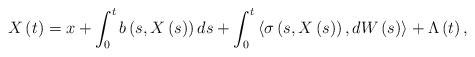
\begin{align*}X\left( t\right) =x+\int_{0}^{t}b\left( s,X\left( s\right) \right)ds+\int_{0}^{t}\left\langle \sigma \left( s,X\left( s\right) \right),dW\left( s\right) \right\rangle +\Lambda \left( t\right) , \end{align*}